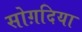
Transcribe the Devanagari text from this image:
सोग़दिया